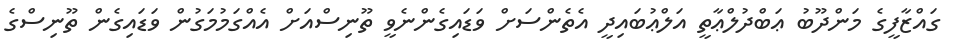
ގައްޒާފީގެ މަންދޫބު ޢަބްދުލްޢާތީ އަލްޢުބައިދީ އެތެންސަށް ވަޑައިގެންނެވީ ތޫނިސްއަށް އެއްގަމުމަގުން ވަޑައިގެން ތޫނިސްގެ